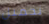
تحميل